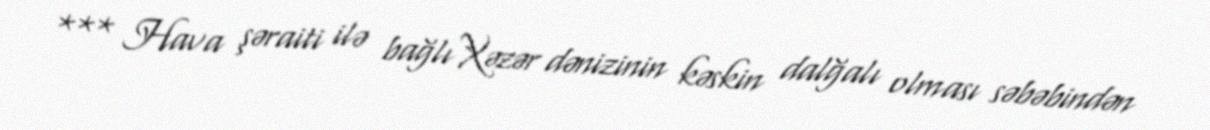
*** Hava şəraiti ilə bağlı Xəzər dənizinin kəskin dalğalı olması səbəbindən